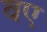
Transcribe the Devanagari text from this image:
वए